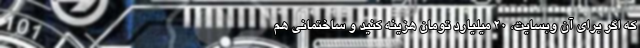
که اگر برای آن وبسایت، ۲۰ میلیارد تومان هزینه کنید و ساختمانی هم